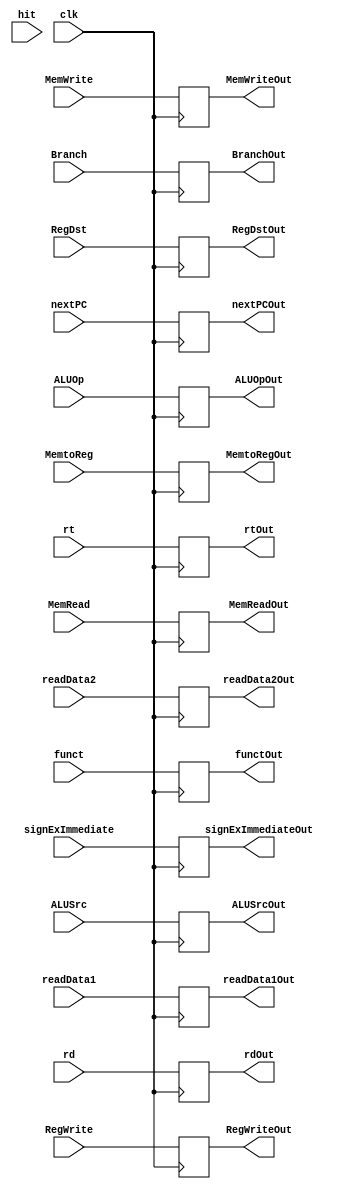
`timescale 1ns / 1ps

module id_ex_register(
	input clk,
	input hit,
	input [31:0] readData1,
	input [31:0] readData2,
	input [31:0] signExImmediate,
	input RegDst,
	input ALUSrc,
	input MemtoReg,
	input RegWrite,
	input MemRead,
	input MemWrite,
	input Branch,
	input [2:0] ALUOp,
	input [4:0] rt,
	input [4:0] rd,
	input [5:0] funct,
	input [31:0] nextPC,
	output reg [31:0] readData1Out = 0,
	output reg [31:0] readData2Out = 0,
	output reg [31:0] signExImmediateOut = 0,
	output reg RegDstOut = 0,
	output reg ALUSrcOut = 0,
	output reg MemtoRegOut = 0,
	output reg RegWriteOut = 0,
	output reg MemReadOut = 0,
	output reg MemWriteOut = 0,
	output reg BranchOut = 0,
	output reg [2:0] ALUOpOut = 0,
	output reg [4:0] rtOut = 0,
	output reg [4:0] rdOut = 0,
	output reg [5:0] functOut = 0,
	output reg [31:0] nextPCOut = 0
	);
	
	always @(negedge clk)begin
		readData1Out = readData1;
		readData2Out = readData2;
		signExImmediateOut = signExImmediate;
		RegDstOut = RegDst;
		ALUSrcOut = ALUSrc;
		MemtoRegOut = MemtoReg;
		RegWriteOut = RegWrite;
		MemReadOut = MemRead;
		MemWriteOut = MemWrite;
		BranchOut = Branch;
		ALUOpOut = ALUOp;
		rtOut = rt;
		rdOut = rd;
		functOut = funct;
		nextPCOut = nextPC;
	 end


endmodule